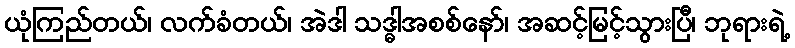
ယုံကြည်တယ်၊ လက်ခံတယ်၊ အဲဒါ သဒ္ဓါအစစ်နော်၊ အဆင့်မြင့်သွားပြီ၊ ဘုရားရဲ့